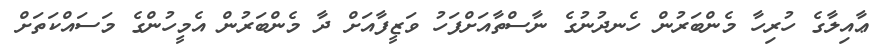
ޢާއިލާގެ ހުރިހާ މެންބަރުން ހެނދުނުގެ ނާސްތާއަށްފަހު ވަޒީފާއަށް ދާ މެންބަރުން އެމީހުންގެ މަސައްކަތަށް